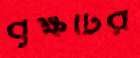
বৃক্ষটির